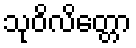
သုဝိလိတ္တော